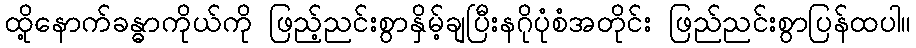
ထို့နောက်ခန္ဓာကိုယ်ကို ဖြည့်ညင်းစွာနှိမ့်ချပြီးနဂိုပုံစံအတိုင်း ဖြည်ညင်းစွာပြန်ထပါ။